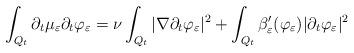
LaTeX: \begin{align*} \int_{Q_t} \partial_t \mu_{\varepsilon} \partial_t \varphi_{\varepsilon}= \nu \int_{Q_t} |\nabla \partial_t \varphi_{\varepsilon}|^2 +\int_{Q_t} \beta_{\varepsilon}'(\varphi_{\varepsilon}) |\partial_t \varphi_{\varepsilon}|^2 \end{align*}